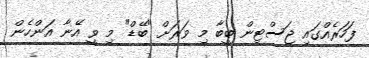
ފަހަރެއްގައި ޖަސްޓިން ބީބާ މި ވަރަށް "ބޭޑް" މި ވީ އޭނާ އަންހެން